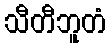
သီတီဘူတံ